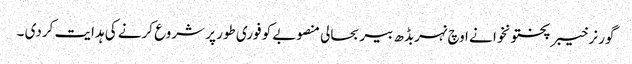
گور نر خیبر پختونخوا نے اوچ نہربڈھ بیر بحالی منصوبے کو فوری طور پر شروع کرنے کی ہدایت کردی ۔